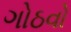
ગોઠવો